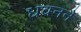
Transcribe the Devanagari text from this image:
धवनने